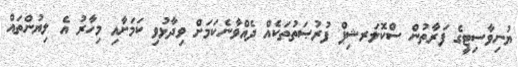
ޔުނިވާސިޓީގެ ފަރާތުން ސްކޮލަރޝިޕް ފުރުޞަތުތަކެއް ދެއްވާނެކަމަށް ވިދާޅުވި ކަމަށާއި މިހާރު އެ ލިޔުންތައް